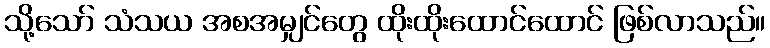
သို့သော် သံသယ အစအမျှင်တွေ ထိုးထိုးထောင်ထောင် ဖြစ်လာသည်။